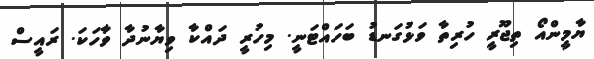
ޔާމީންއޯ ތިޖޫރީ ހުރިތާ ވަޅުގަނޑު ބަހައްޓަނީ. މިހުރީ ދައްކާ ވިޔާނުދާ ވާހަކަ. ރައީސް